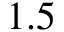
1 . 5